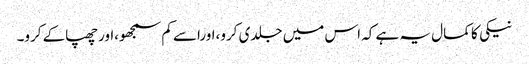
نیکی کا کمال یہ ہے کہ اس میں جلدی کرو،اوراسے کم سمجھو،اورچھپاکے کرو۔